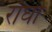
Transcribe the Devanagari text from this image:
राँघा